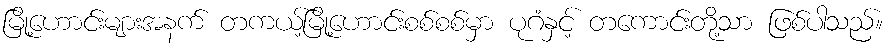
မြို့ဟောင်းများအနက် တကယ့်မြို့ဟောင်းစစ်စစ်မှာ ပုဂံနှင့် တကောင်းတို့သာ ဖြစ်ပါသည်။